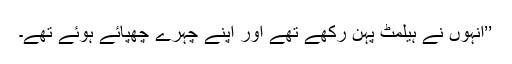
’’انہوں نے ہیلمٹ پہن رکھے تھے اور اپنے چہرے چھپائے ہوئے تھے۔